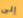
إلى